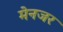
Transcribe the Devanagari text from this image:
मेनजर